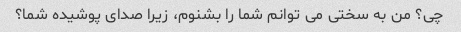
چی؟ من به سختی می توانم شما را بشنوم، زیرا صدای پوشیده شما؟